Sketch of the medical history of the native army of Bombay, for the year
Year: 1872
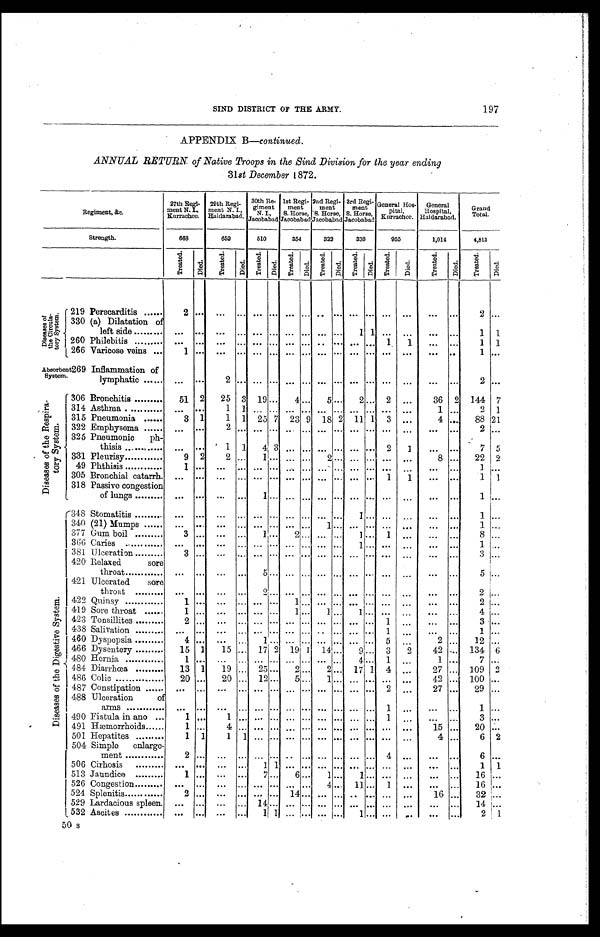
SIND DISTRICT OF THE ARMY.
197
APPENDIX B—continued.
ANNUAL RETURN of Native Troops in the Sind Division for the year ending
31st December 1872.
Regiment, &c.
27th Regi-
ment N. I.,
Karrachee.
29th Regi-
ment N. I.
Haidarabad.
30th Re-
giment
N. L. ,
Jacobabad
1st Regi-
ment
S. Horse
Jacobabad.
2nd Regi-
ment
S. Horse,
Jacobabad.
3rd Regi-
ment
S. Horse,
Jacobabad.
General Hos-
pital,
Kurrachee.
General
Hospital,
Haidarabad.
Grand
Total.
Strength.
668
652
510
354
322
338
955
1,014
4,813
Tr eat ed.
Died.
Tr eat ed.
Di ed.
Tr e a t e d.
Di ed.
Tr e a t e d. Di ed. Treated. Died.
Tr eat ed.
Di ed.
Tr eat ed.
Di ed.
Tr eat ed.
Died.
Tr eat ed. Di ed.
D i s e a s e s o f t h e C i r c u l a - t o r y S y s t e m . 219 Perecarditis
2 ... ...
... ... ... ... ... ... ... ... ... ... ...
...
...
2 ...
330 (a) Dilatation of
left side
... ... ... ... ... ... ... ... ... ...
1 1 ... ...
... ...
1 1
260 Philebitis
...
... ...
... ... ... ... ... ... ...
. . . . . .
1
1 ... ...
1 1
266 Varicose veins
1 ... ...
... ... ... ... ... ... ...
. . . . . .
. . .
...
... ...
1 ...
Absorbent
System.
Inflammation of
lymphatic
...
. . .
2 ... ... ... ... ... ... ... ... ... ... ...
... ...
2 ...
D i s e a s e s o f t h e R e s p i r a - t o r y S y s t e m .
306 Bronchitis
5 1 2
2 5 3
1 9 . . .
4 ...
5 ...
2 . . .
3
. . .
3 6 2
1 4 4 7
314 Asthma
...
. . .
1 1 ... ... ... ... ... ... ... ... ...
...
1 ...
2 1
315 Pneumonia
3 1
1 1
2 5 7
2 3 9
1 8
2 1 1
1
3
. . .
4 ...
8 8 21
322 Emphysema
...
. . .
2 ... ... ... ... ... ...
... ... ... ... ...
... ...
2 ...
325 Pneumonic ph-
thisis
...
. . .
1 1
4 3 ... ... ...
... ... ...
2
1 ... ...
7
5
331 Pleurisy
9 2 2
. . .
1 . . .
. . .
...
2 ...
. . . . . .
. . .
. . .
8 ...
2 2 2
49 Phthisis
1 . . .
...
... ... ... ... ... ... ... ... ... ... ...
... ...
1 ...
305 Bronchial catarrh. ... ... ... ...
. . . ... ... ... ... ...
. . . . . .
1
1 ... ...
1 1
318 Passive congestion
of lungs
...
... ...
...
1 ... ... ... ... ...
. . . . . .
... ...
... ...
1 ...
D i s e a s e s o f t h e D i g e s t i v e S y s t e m .
348 Stomatitis
...
... ... ...
. . . ... ... ... ... ...
1 . . .
... ...
... ...
1 ...
340 (21) Mumps
... ... ... ... ... ... ... ...
1 ... ... ... ... ...
... ...
1 ...
377 Gum boil
3 . . .
. . . . . .
1 . . .
2 ...
. . . ...
1 . . .
1 ...
... ...
8 ...
366 Caries
...
. . . ...
. . .
. . . ... ... ... ... ...
1 ... ... ...
... ...
1 ...
381 Ulceration
3 . . .
. . . . . .
. . .
... ... ... . . .
... ... ... ... ...
... ...
3 ...
420 Relaxed sore
throat
...
. . .
. . . . . .
5 ... ... ... ... ... ... ... ... ...
... ...
5 ...
421 Ulcerated sore
throat
...
. . .
. . . . . .
2 ... ... ... ... ... ... ... ... ...
... ...
2 ...
422 Quinsy
1 ... ...
... ... ...
1 ... ... ... ... ... ... ...
... ...
2 ...
419 Sore throat
1 . . .
. . . . . .
. . . . . .
1 ...
1 ...
1 . . .
. . .
. . .
...
...
4 ...
428 Tonsillites
2 ... ...
... ... ... ... ... ... ... ... ...
1 ...
... ...
3 ...
438 Salivation
...
... ...
... ... ... ... ... ... ... ... ...
1 ...
... ...
1 ...
460 Dyspepsia
4 . . .
. . . . . .
1 . . .
. . .
...
...
. . . . . .
5
. . .
2 ...
1 2 ...
466 Dysentery
1 5 1
1 5 . . .
1 7 2 19
1
1 4 ...
9 . . .
3
2
4 2 . . .
1 3 4 6
480 Hernia
1 ... ...
... ... ... ... ... ... ...
4 . . .
1
. . .
1 ...
7 ...
484 Diarrhœa
1 3 1
1 9 . . .
25
. . .
2 ...
2 ...
1 7 1
4
. . .
2 7 ...
1 0 9 2
486 Colic
2 0 20
. . .
12
. . .
5 ...
1 ...
. . . . . .
. . .
. . .
4 2 ...
1 0 0 ...
487 Constipation
... ... ...
... ...
... ... ... ... ... ...
...
2
. . .
2 7 ...
2 9 ...
488 Ulceration
of arms
...
... ...
... ... ... ... ... ... ... ... ...
1 ...
... ...
1 ...
490 Fistula in ano
1 . . . 1
. . .
... ... ... ... ... ... ... ...
1 ...
... ...
1 ...
491 Hæmorrhoids
1 . . . 4
. . .
... ... ... ... ... ... ... ...
. . .
. . .
1 5 ...
2 0 ...
501 Hepatites
1 1 1
1 ... ... ... ... ... ... ... ...
. . .
. . .
4 ...
6 2
504 Simple enlarge-
ment
2 ... ...
... ... ... ... ... ... ... ... ...
4 ...
... ...
6 ...
506 Cirhosis
...
... ...
...
1 1
. . .
...
. . .
...
. . . . . .
. . .
... ...
...
1 1
513 Jaundice
1 ... ...
...
7 . . .
6 ... 1 ...
1 . . .
. . .
...
... ... 1 6
...
526 Congestion
...
... ...
...
. . . . . .
. . .
...
4 ...
1 1 . . .
1 ...
... ...
1 6 ...
524 Splenitis
2 ... ...
...
. . . . . .
1 4
...
. . .
...
. . . . . .
. . .
. . .
1 6
... 3 2
...
529 Lardacious spleen. ... ... ...
... 14
. . . ... ... ... ...
. . .
... ... ...
... ... 1 4
...
5 3 2 5 3 2 Ascites
... ... ...
...1
1 ... ...... ...
1 ... ... ... ...
...
2 1
5 0 s